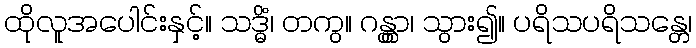
ထိုလူအပေါင်းနှင့်။ သဒ္ဓိံ၊ တကွ။ ဂန္တွာ၊ သွား၍။ ပရိသပရိသန္တေ၊